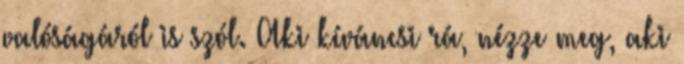
valóságáról is szól. Aki kíváncsi rá, nézze meg, aki